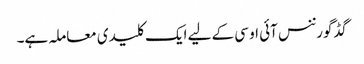
گڈ گورننس آئی او سی کے لیے ایک کلیدی معاملہ ہے۔